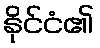
နိုင်ငံ၏